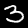
Digit: 3